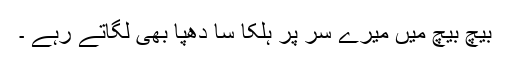
بیچ بیچ میں میرے سر پر ہلکا سا دھپّا بھی لگاتے رہے ۔